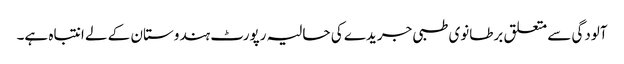
آلودگی سے متعلق برطانوی طبی جریدے کی حالیہ رپورٹ ہندوستان کے لے انتباہ ہے۔